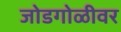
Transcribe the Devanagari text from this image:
जोडगोळीवर